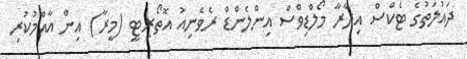
ދައުލަތުގެ ޓެކްސް އިދާރާ މޯލްޑިވްސް އިންލެންޑް ރެވެނިއު އޮތޯރިޓީ (މީރާ) އިން އާއްމުކުރި